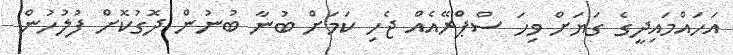
އަހައްމައިދީގެ ގަޔަށް ވިހަ ސްޕްރޭއެއް ޖެހި ކަމަށް ބުނާ ބުނުން ދޮގުކޮށް ފުލުހުން